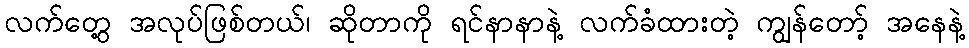
လက်တွေ့ အလုပ်ဖြစ်တယ်၊ ဆိုတာကို ရင်နာနာနဲ့ လက်ခံထားတဲ့ ကျွန်တော့် အနေနဲ့